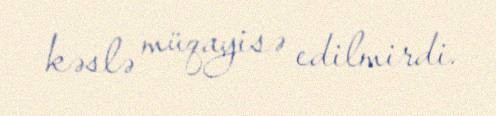
kəslə müqayisə edilmirdi.